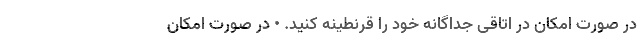
در صورت امکان در اتاقی جداگانه خود را قرنطینه کنید. • در صورت امکان